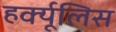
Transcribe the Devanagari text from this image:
हर्क्यूलिस